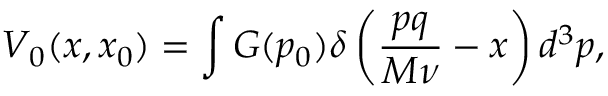
V _ { 0 } ( x , x _ { 0 } ) = \int G ( p _ { 0 } ) \delta \left( \frac { p q } { M \nu } - x \right) d ^ { 3 } p ,